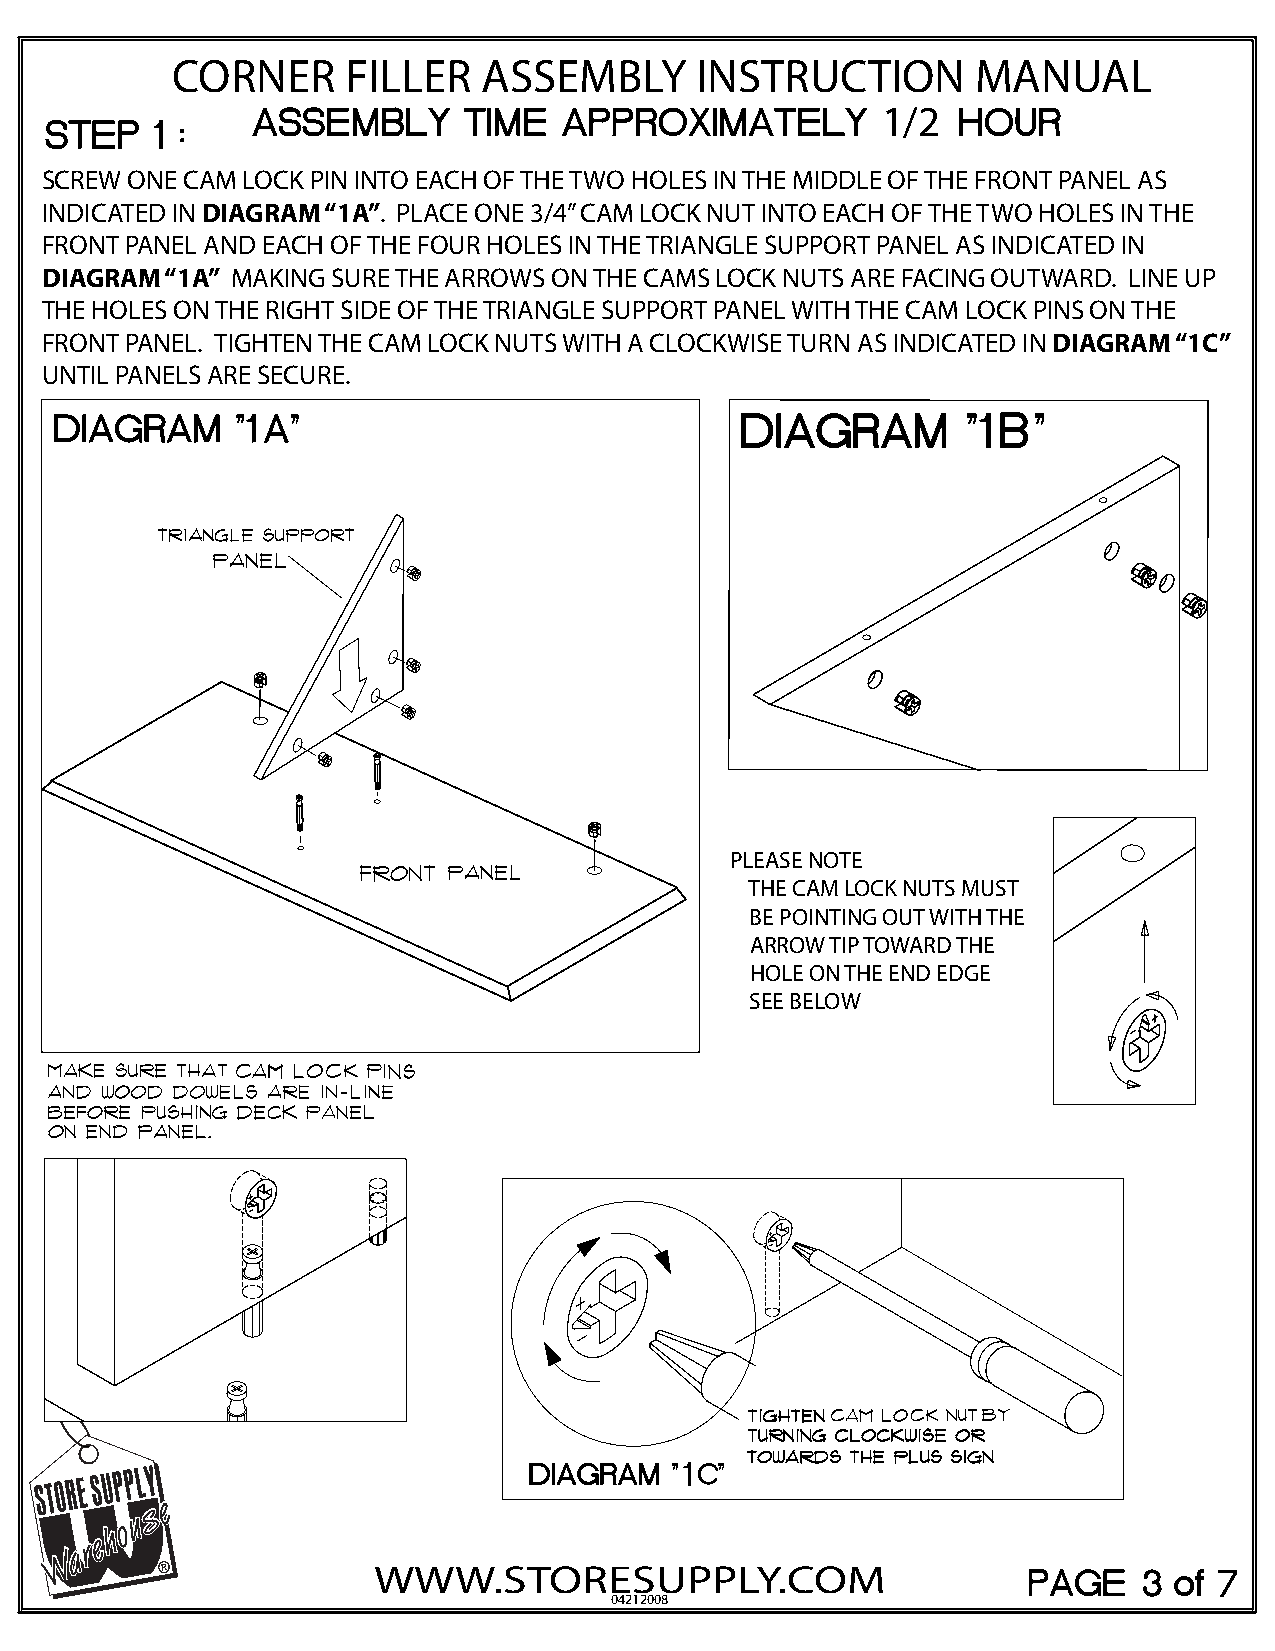
CORNER      FILLER   ASSEMBLY      INSTRUCTION        MANUAL
 1/2
 SCREW ONE CAM LOCK PIN INTO EACH OF THE TWO HOLES IN THE MIDDLE OF THE FRONT PANEL AS
 INDICATED IN DIAGRAM “1A”. PLACE ONE 3/4” CAM LOCK NUT INTO EACH OF THE TWO HOLES IN THE
 FRONT PANEL AND EACH OF THE FOUR HOLES IN THE TRIANGLE SUPPORT PANEL AS INDICATED IN
 DIAGRAM “1A” MAKING SURE THE ARROWS ON THE CAMS LOCK NUTS ARE FACING OUTWARD. LINE UP
 THE HOLES ON THE RIGHT SIDE OF THE TRIANGLE SUPPORT PANEL WITH THE CAM LOCK PINS ON THE
 FRONT PANEL. TIGHTEN THE CAM LOCK NUTS WITH A CLOCKWISE TURN AS INDICATED IN DIAGRAM “1C”
 UNTIL PANELS ARE SECURE.
 PLEASE NOTE
 THE CAM LOCK NUTS MUST
 BE POINTING OUT WITH THE
 ARROW TIP TOWARD THE
 HOLE ON THE END EDGE
 SEE BELOW
 WWW.STORESUPPLY.COM
 04212008